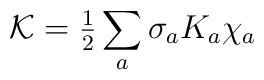
{\cal K} = {\textstyle{1\over 2}} \sum_a \sigma_a K_a \chi_a\nonumber